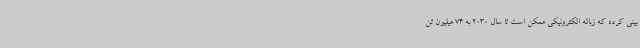
بینی کرده که زباله الکترونیکی ممکن است تا سال 2030 به 74 میلیون تن